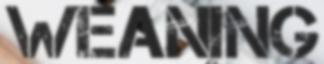
WEANING